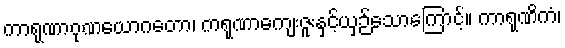
ကာရုဏာဂုဏယောဂတော၊ ကရုဏာကျေးဇူးနှင့်ယှဉ်သောကြောင့်။ ကာရုဏိကံ၊